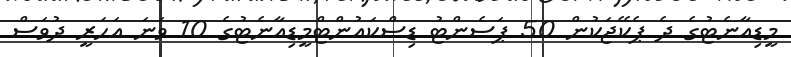
މީޑިއާނެޓުގެ ދެ ޕެކޭޖަކުން 50 ޕަސެންޓު ޑިސްކައުންޓްމީޑިއާނެޓުގެ 10 ވަނަ އަހަރީ ދުވަސް